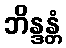
ဘိန္ဒန္တံ